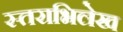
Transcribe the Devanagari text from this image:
स्तराभिलेख